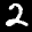
Label: 2